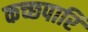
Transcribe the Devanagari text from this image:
कच्छपारि